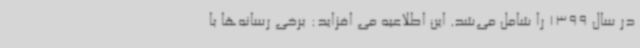
در سال 1399 را شامل می‌شد. این اطلاعیه می افزاید: برخی رسانه‌ها با